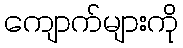
ကျောက်များကို